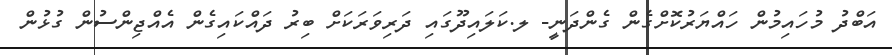
އަބްދު މުހައިމުން ހައްޔަރުކޮށްގެން ގެންދަނީ- ލ.ކަލައިދޫގައި ދަރިވަރަކަށް ބިރު ދައްކައިގެން އެއްޖިންސުން ގުޅުން